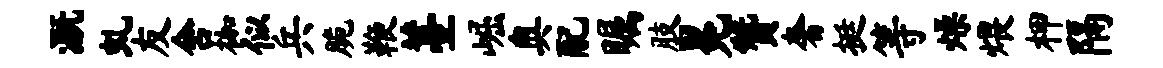
溉虬友舍枷似兵脆鞭薹崛奥配瞩肢冕赞奢挺等燥煨柙隔